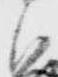
御